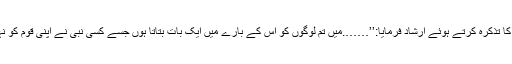
پھر دجال کا تذکرہ کرتے ہوئے ارشاد فرمایا:’’…….میں تم لوگوں کو اس کے بارے میں ایک بات بتاتا ہوں جسے کسی نبی نے اپنی قوم کو نہیں بتائی ۔